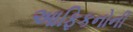
આફિકનોની